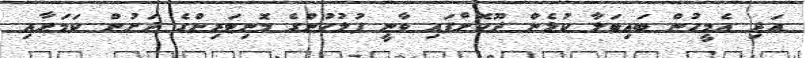
އަދި އެމީހުން ބައިބަލާ ކުޅެން ދޫކޮށްފައި ވާނީ ފުލުހުންގެ މޮނިޓަރިންގެ ދަށުން ކަމަށާއި